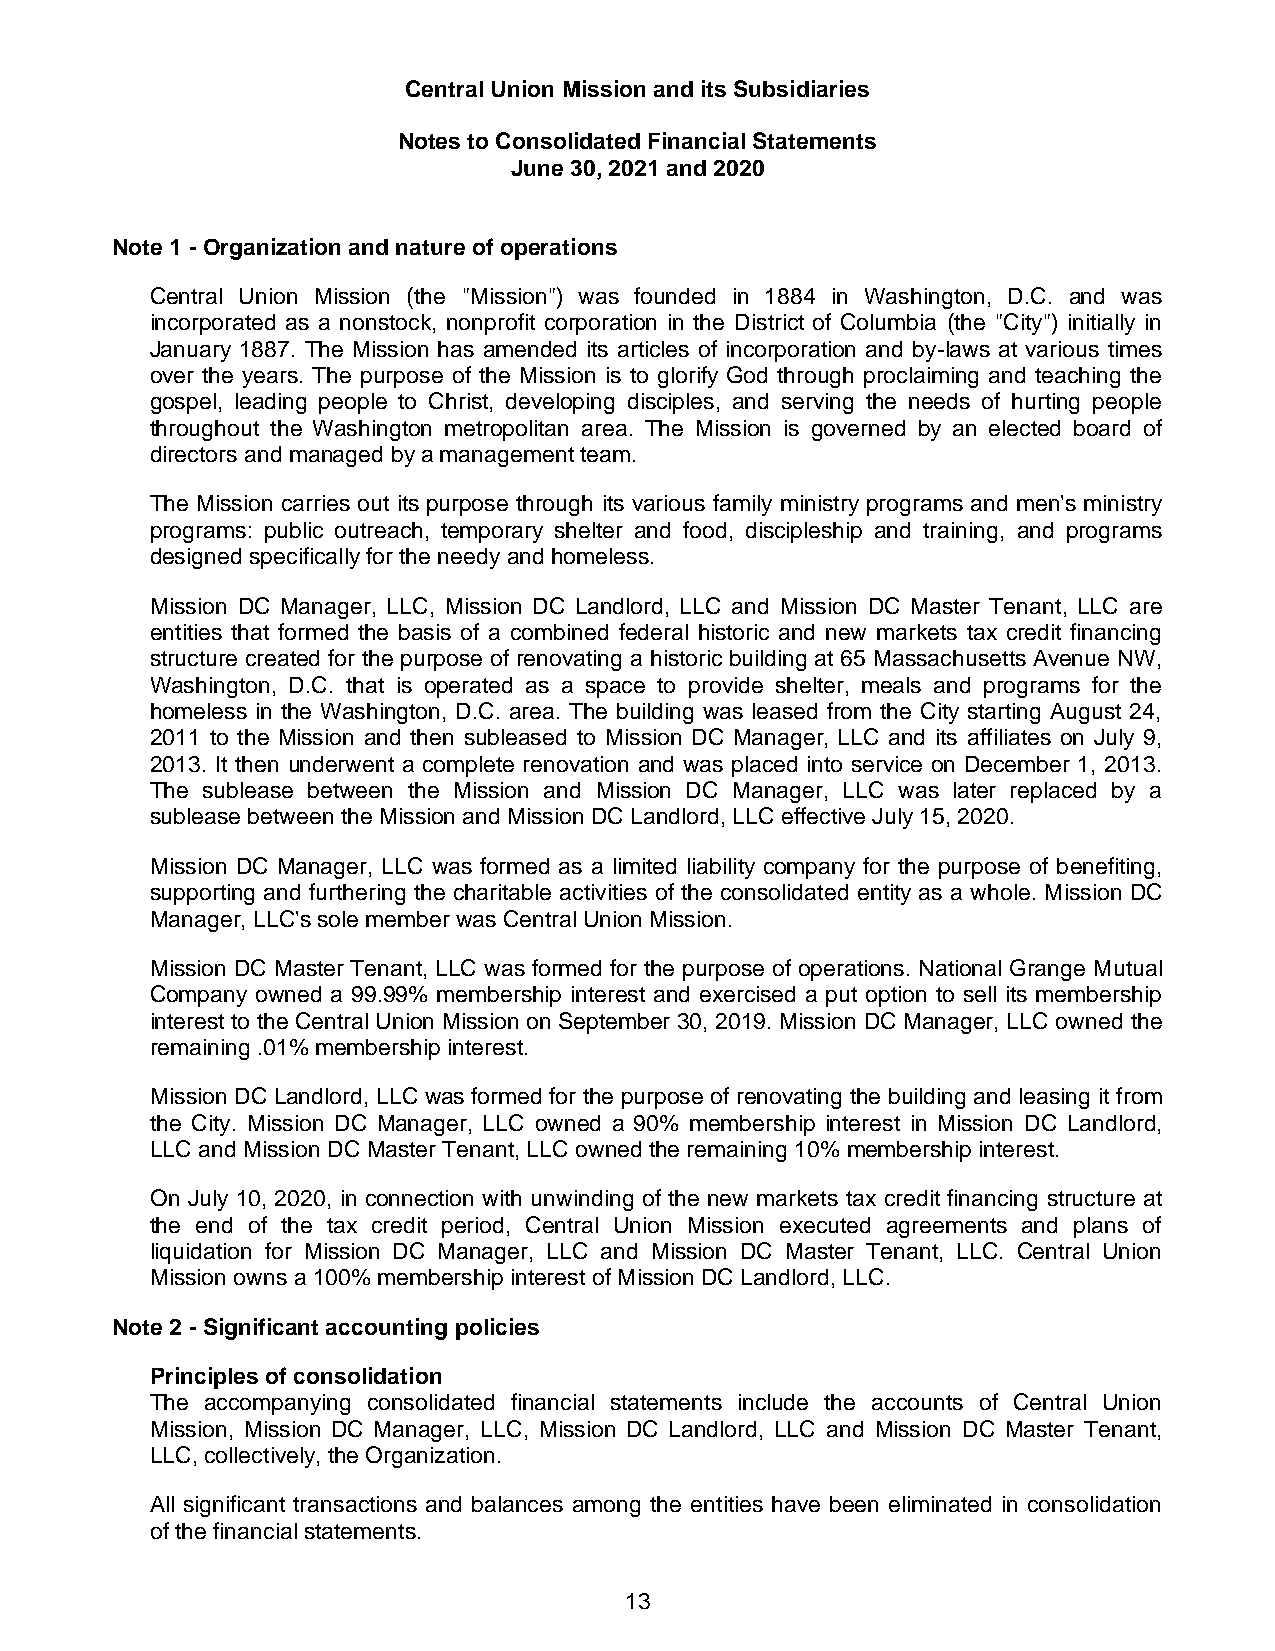
Central Union Mission and its Subsidiaries
 Notes to Consolidated Financial Statements
 June 30, 2021 and 2020
 Note 1 - Organization and nature of operations
 Central Union Mission (the "Mission") was founded in 1884 in Washington, D.C. and was
 incorporated as a nonstock, nonprofit corporation in the District of Columbia (the "City") initially in
 January 1887. The Mission has amended its articles of incorporation and by-laws at various times
 over the years. The purpose of the Mission is to glorify God through proclaiming and teaching the
 gospel, leading people to Christ, developing disciples, and serving the needs of hurting people
 throughout the Washington metropolitan area. The Mission is governed by an elected board of
 directors and managed by a management team.
 The Mission carries out its purpose through its various family ministry programs and men's ministry
 programs: public outreach, temporary shelter and food, discipleship and training, and programs
 designed specifically for the needy and homeless.
 Mission DC Manager, LLC, Mission DC Landlord, LLC and Mission DC Master Tenant, LLC are
 entities that formed the basis of a combined federal historic and new markets tax credit financing
 structure created for the purpose of renovating a historic building at 65 Massachusetts Avenue NW,
 Washington, D.C. that is operated as a space to provide shelter, meals and programs for the
 homeless in the Washington, D.C. area. The building was leased from the City starting August 24,
 2011 to the Mission and then subleased to Mission DC Manager, LLC and its affiliates on July 9,
 2013. It then underwent a complete renovation and was placed into service on December 1, 2013.
 The sublease between the Mission and Mission DC Manager, LLC was later replaced by a
 sublease between the Mission and Mission DC Landlord, LLC effective July 15, 2020.
 Mission DC Manager, LLC was formed as a limited liability company for the purpose of benefiting,
 supporting and furthering the charitable activities of the consolidated entity as a whole. Mission DC
 Manager, LLC's sole member was Central Union Mission.
 Mission DC Master Tenant, LLC was formed for the purpose of operations. National Grange Mutual
 Company owned a 99.99% membership interest and exercised a put option to sell its membership
 interest to the Central Union Mission on September 30, 2019. Mission DC Manager, LLC owned the
 remaining .01% membership interest.
 Mission DC Landlord, LLC was formed for the purpose of renovating the building and leasing it from
 the City. Mission DC Manager, LLC owned a 90% membership interest in Mission DC Landlord,
 LLC and Mission DC Master Tenant, LLC owned the remaining 10% membership interest.
 On July 10, 2020, in connection with unwinding of the new markets tax credit financing structure at
 the end of the tax credit period, Central Union Mission executed agreements and plans of
 liquidation for Mission DC Manager, LLC and Mission DC Master Tenant, LLC. Central Union
 Mission owns a 100% membership interest of Mission DC Landlord, LLC.
 Note 2 - Significant accounting policies
 Principles of consolidation
 The accompanying consolidated financial statements include the accounts of Central Union
 Mission, Mission DC Manager, LLC, Mission DC Landlord, LLC and Mission DC Master Tenant,
 LLC, collectively, the Organization.
 All significant transactions and balances among the entities have been eliminated in consolidation
 of the financial statements.
 13